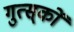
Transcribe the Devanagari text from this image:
गुत्स्‌कों